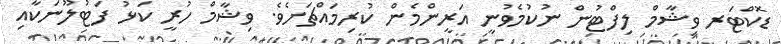
ޑޮކްޓަރ ވިޝާމް ލިފްޓުން ނުކުމެވުނީ އަރީންމެން ކުރިމައްޗަށެވެ. ވިޝާމް ހުރީ ކަޅު ފަޓުލޫނަކާއި